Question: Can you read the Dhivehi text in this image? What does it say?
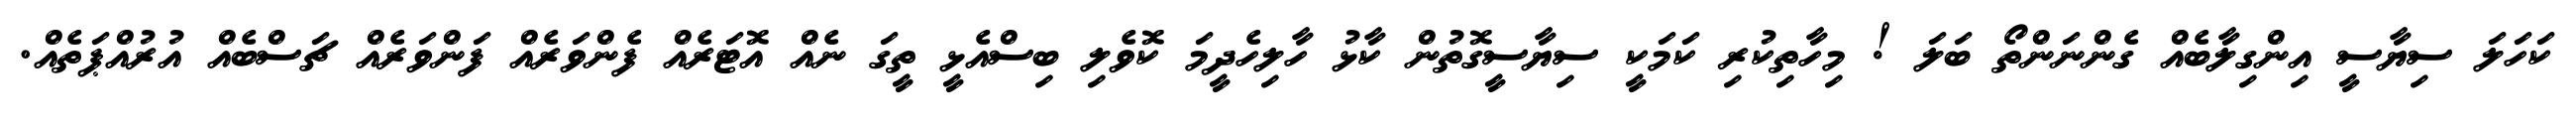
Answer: ކަހަލަ ސިޔާސީ އިންގިލާބެއް ގެންނަންތޯ ބަލަ ! މިހާތިކުރި ކަމަކީ ސިޔާސީގޮތުން ކާޅު ހާލިހެދީމަ ކޮވެލި ބިސްއެޅީ ތީގަ ނެއް އޮޓަރެއް ފެންވަރެއް ފަންވަރެއް ޗަސްބެއް އުރުއްޕަތެއް.